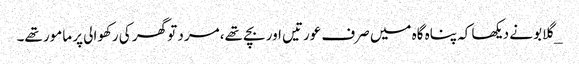
_گلابو نے دیکھا کہ پناہ گاہ میں صرف عورتیں اور بچے تھے، مرد تو گھر کی رکھوالی پر مامور تھے۔